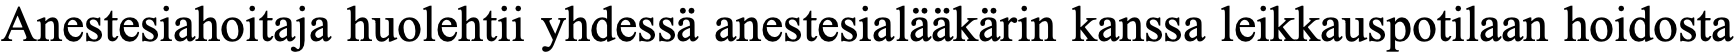
Anestesiahoitaja huolehtii yhdessä anestesialääkärin kanssa leikkauspotilaan hoidosta